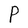
Character: P